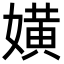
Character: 嫹